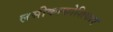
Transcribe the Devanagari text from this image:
लसीकाकोशिकाएं